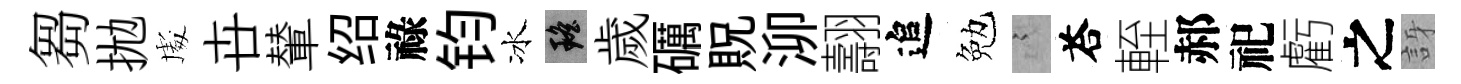
芻拋䖏卋輦绍祿钧冰瑶歲礪貺泖翿追勉謭荅輊郝祀虧之訝